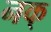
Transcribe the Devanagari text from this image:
नक्